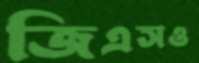
জিএসও